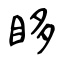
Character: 眵